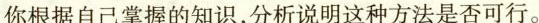
你根据自己掌握的知识，分析说明这种方法是否可行。